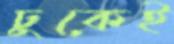
ঢুকেই